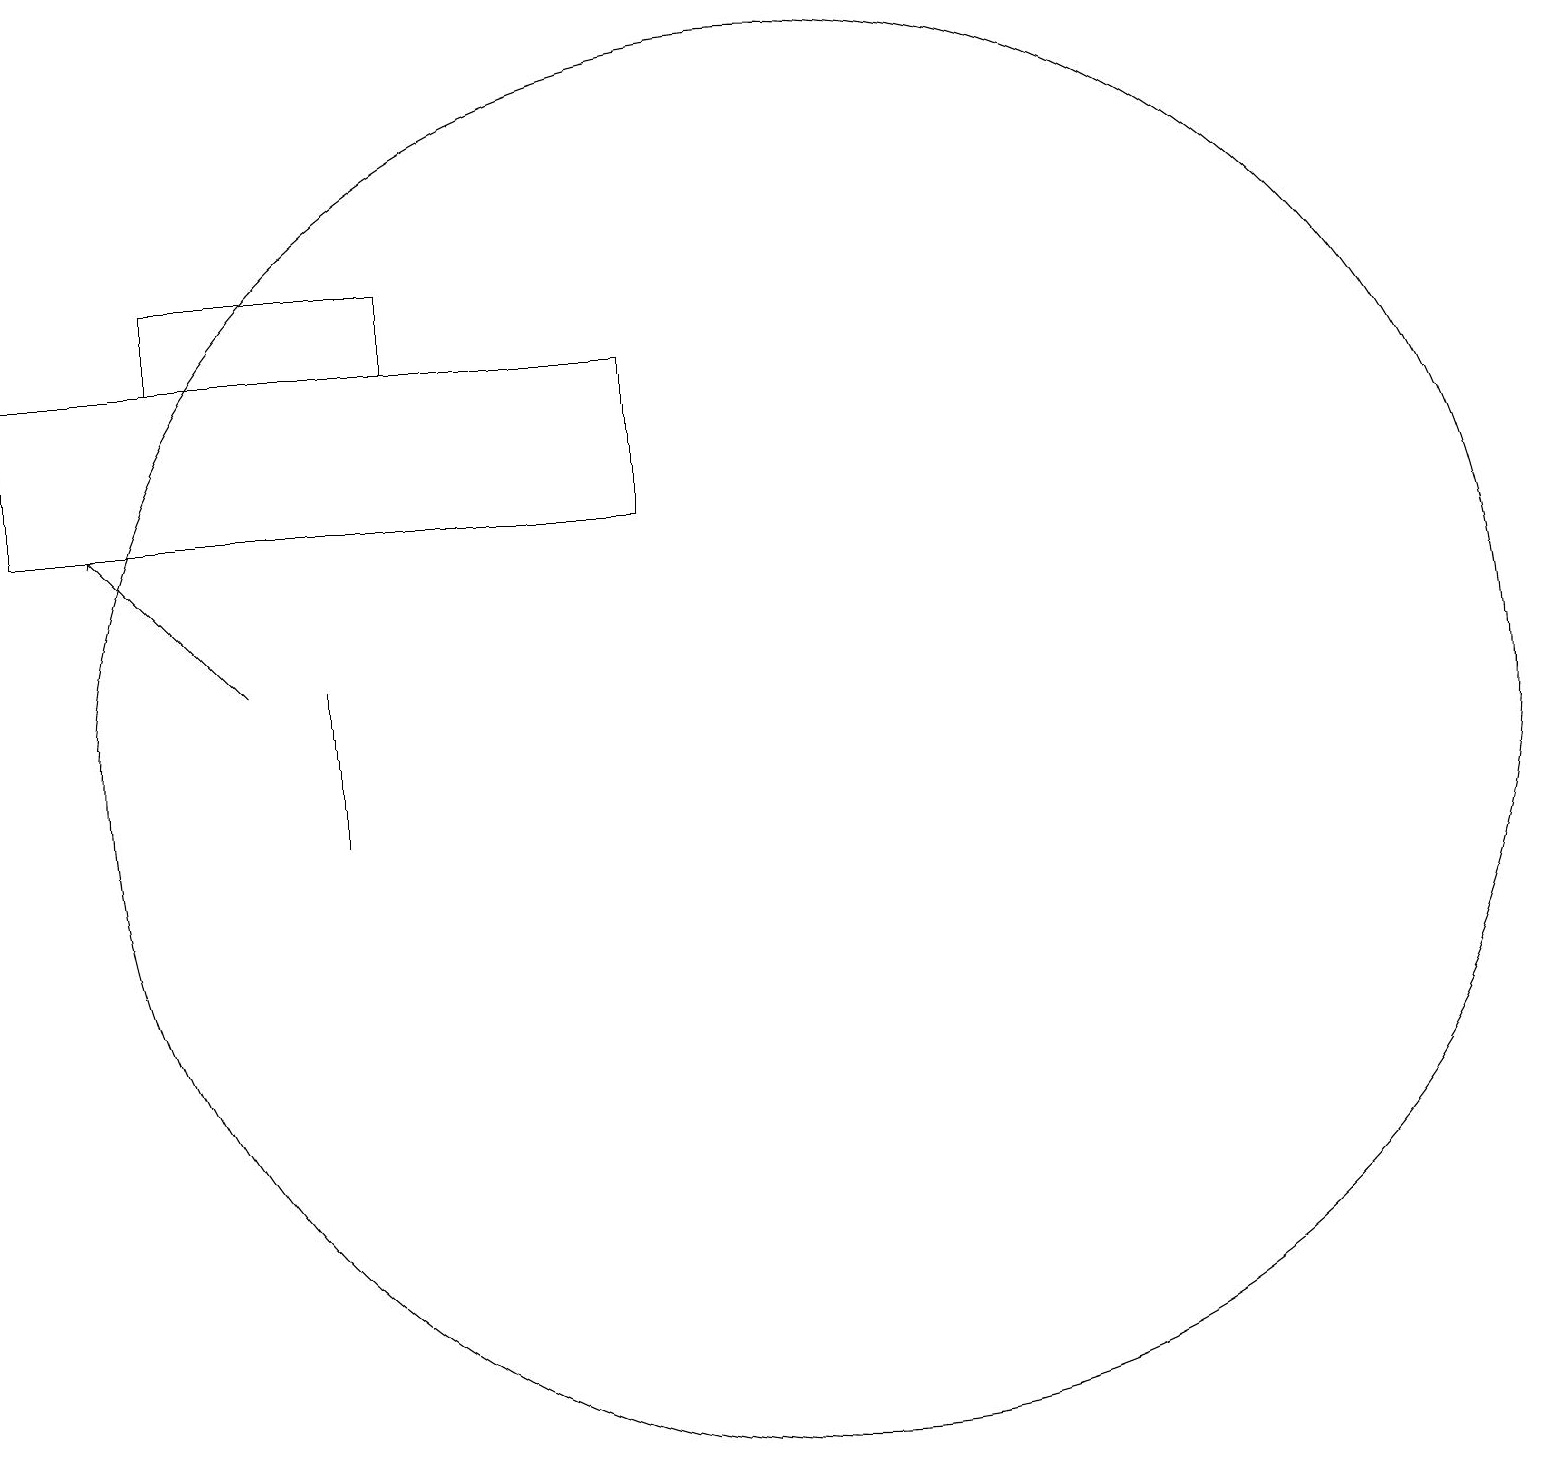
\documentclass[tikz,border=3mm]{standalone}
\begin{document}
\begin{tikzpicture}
\draw (4,12) rectangle (4,10);
\draw (8,14) rectangle (0,16);
\draw[->] (3,12) -- (1,14);
\draw (5,16) rectangle (2,17);
\draw (10,11) circle (9);
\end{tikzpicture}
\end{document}